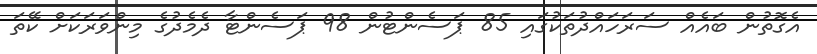
އެގޮތުން ބައެއް ސަރަހައްދުތަކުގައި 85 ޕަސެންޓުން 98 ޕަސެންޓާ ދެމެދުގެ މިންވަރަކަށް ކޭތަ